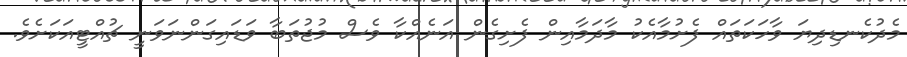
މެދުކެނޑިދިޔަ ވާހަކަތައް ފެށުމާއެކު މާދަމާއިން ފެށިގެން އަނެއްކާ ވެސް މުޖުތަބާ ވަޑައިގަންނަވަނީ ޗުއްޓީއަކަށެވެ.